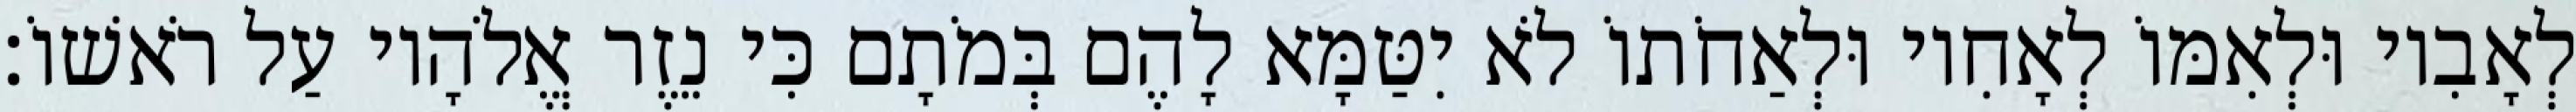
לְאָבִיו וּלְאִמּוֹ לְאָחִיו וּלְאַחֹתוֹ לֹא יִטַּמָּא לָהֶם בְּמֹתָם כִּי נֵזֶר אֱלֹהָיו עַל רֹאשׁוֹ׃